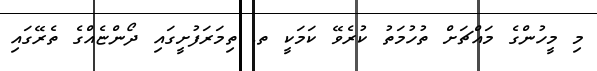
މި މީހުންގެ މައްޗަށް ތުހުމަތު ކުރެވޭ ކަމަކީ ތ. ތިމަރަފުށީގައި ދޯންޏެއްގެ ތެރޭގައި